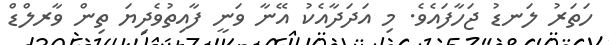
ހަތަރު ލަނޑު ޖަހާފައެވެ. މި އަދަދާއެކު އޭނާ ވަނީ ފާއިތުވެދިޔަ ތިން ވާރލްޑް